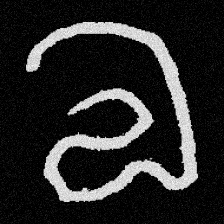
Pyu character \u2014 Myanmar letter: လ (romanized: la)